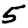
Digit: 5